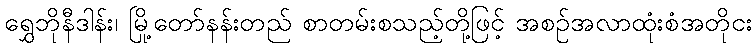
ရွှေဘိုနီဒါန်း၊ မြို့တော်နန်းတည် စာတမ်းစသည့်တို့ဖြင့် အစဉ်အလာထုံးစံအတိုငး